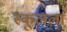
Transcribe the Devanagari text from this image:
स्कूलला